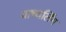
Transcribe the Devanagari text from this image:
वाच्यर्लिंग